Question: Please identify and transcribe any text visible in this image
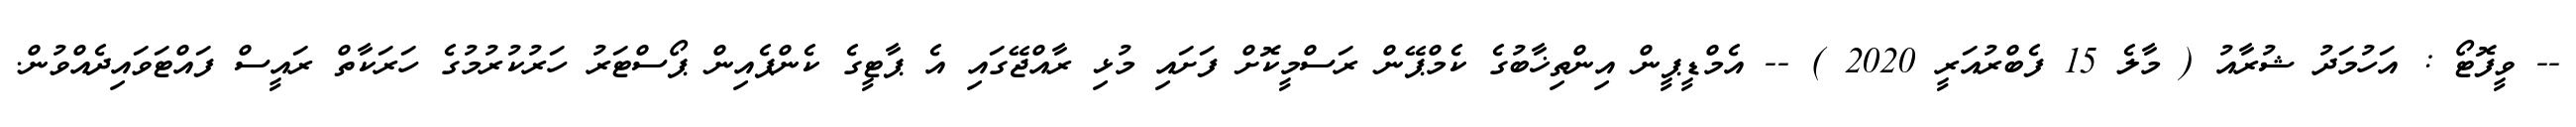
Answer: -- ވީފޮޓޯ : އަހުމަދު ޝުރާއު ( މާލެ 15 ފެބްރުއަރީ 2020 ) -- އެމްޑީޕީން އިންތިޚާބުގެ ކެމްޕޭން ރަސްމީކޮށް ފަށައި މުޅި ރާއްޖޭގައި އެ ޕާޓީގެ ކެންޕެއިން ޕޯސްޓަރު ހަރުކުރުމުގެ ހަރަކާތް ރައީސް ފައްޓަވައިދެއްވުން.